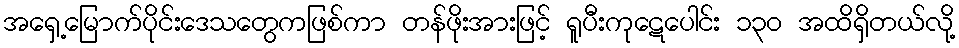
အရှေ့မြောက်ပိုင်းဒေသတွေကဖြစ်ကာ တန်ဖိုးအားဖြင့် ရူပီးကုဋေပေါင်း ၁၃၀ အထိရှိတယ်လို့